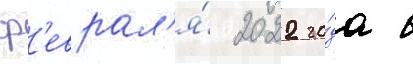
ф'еврал'я́ 2022 го́да в